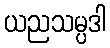
ယညသမ္ပဒါ